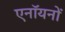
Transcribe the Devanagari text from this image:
एनॉयनों